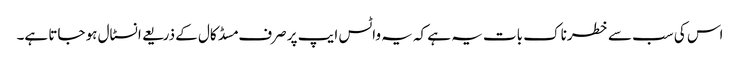
اس کی سب سے خطرناک بات یہ ہے کہ یہ واٹس ایپ پر صرف مسڈ کال کے ذریعے انسٹال ہو جاتا ہے۔